Lunatic asylums Bombay report 1878-1890 - 1878-1890
Year: 1878
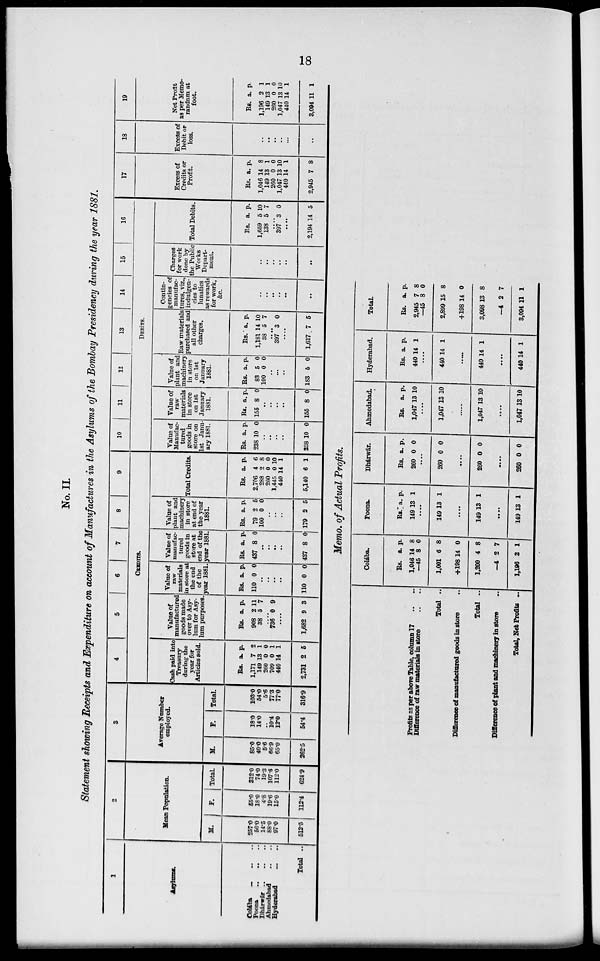
18
No. II.
Statement showing Receipts and Expenditure on account of Manufactures in the Asylums of the Bombay Presidency during the year 1881.
1
Asylums
Colába .. .. ..
Poona
..
..
..
Dhárwár
..
..
Ahmedabad .. ..
Hyderabad
..
..
Total ..
2
Mean Papulation.
M.
257.0
56.0
14.5
88.0
97.0
512.5
F.
55.0
18.0
4.8
19.6
15.0
112.4
Total.
312.0
74.0
19.3
107.6
112.0
624.9
3
Average Number
employed.
M.
85.0
40.0
5.6
66.9
65.0
262.5
F.
18.0
14.0
..
10.4
12.0
54.4
Total.
103.0
54.0
5.6
77.3
77.0
316.9
4
5
6
7
8
9
CREDITS.
Cash paid into
Treasury
during the
year for
Articles sold.
Rs.
1,171
149
260
709
440
2,731
a.
7
13
0
0
14
2
p.
2
1
0
1
1
5
Value of
manufactured
goods made
over to Asy-
lum for Asy-
lum purposes.
Rs.
908
38
a.
2
5
p.
11
7
.....
736 0 9
.....
1,682 9 3
Value of
raw
materials
in store at
the end
of the
year 1881.
Rs.
110
a.
0
p.
0
..
..
..
..
110 0 0
Value of
manufac-
tured
goods in
store at
end of the
year 1881.
Rs.
437
a.
8
p.
0
..
..
..
..
437 8 0
Value of
plant and
machinery
in store
at end of
the year
1881.
Rs.
79
100
a.
2
0
p.
5
0
..
..
..
179 2 5
Total Credits.
Rs.
2,706
288
260
1,445
440
5,140
a.
4
2
0
0
14
6
p.
6
8
0
10
1
1
10
11
12
13
14
15
16
DEBITS.
Value of
Manufac-
tured
goods in
store on
1st Janu-
ary 1881.
Rs.
238
a.
10
p.
0
..
..
..
..
238 10 0
Value of
raw
materials
in store
on 1st
January
1881.
Rs.
155
a.
8
p.
0
..
..
..
..
155 8 0
Value of
plant and
machinery
in store
on 1st
January
1881.
Rs.
83
100
a.
5
0
p.
0
0
..
..
..
183 5 0
Raw materials
purchased and
all other
charges.
Rs.
1,181
38
a.
14
5
p.
10
7
..
397 3 0
...
1,617 7 5
Contin-
gencies of
manufac-
tures, viz.,
indulgen-
cies to
lunatics
as rewards
for work,
&c.
..
..
..
..
..
..
Charges
for work
done by
the Public
Works
Depart-
ment.
..
..
..
..
..
..
Total Debits.
Rs.
1,659
138
a.
5
5
p.
10
7
..
397 3 0
...
2,194 14 5
17
Excess of
Credits or
Profit.
Rs.
1,046
149
260
1,047
440
2,945
a.
14
13
0
13
14
7
p.
8
1
0
10
1
8
18
Excess of
Debit or
loss.
..
..
..
..
..
..
19
Net Profit
as per Memo-
randum at
foot.
Rs.
1,196
149
260
1,047
440
3,094
a.
2
13
0
13
14
11
p.
1
1
0
10
1
1
Memo. of Actual Profits.
Profits as per above Table, column 17
..
.
Difference of raw materials in store
Total ..
Difference of manufactured goods in store
Total ..
Difference of plant and machinery in store
Total, Net Profits ..
Colába.
Rs.
1,046
—45
1,001
+198
1,200
—4
1,196
a.
14
8
6
14
4
2
2
p.
8
0
8
0
8
7
1
Poona.
Rs.
149
a.
13
p.
1
...
149 13 1
..
149 13 1
....
149 13 1
Dhárwár.
Rs.
260
a.
0
p.
0
...
260 0 0
...
260 0 0
...
260 0 0
Ahmedabad.
Rs.
1,047
a.
13
p.
10
...
1,047 13 10
1,047 13 10
..
1,047 13 10
Hyderabad.
Rs.
440
a.
14
p.
1
...
440 14 1
...
440 14 1
...
440 14 1
Total.
Rs.
2,945
—45
2,899
+198
3,098
—4
3,094
a.
7
8
15
14
13
2
11
p.
8
0
8
0
8
7
1